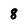
Character: 8